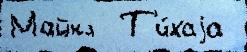
Майкл  Т'и́хаjа